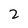
Character: 2